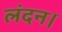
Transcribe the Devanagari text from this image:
लंदन।